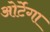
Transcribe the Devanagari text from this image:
ओर्टेगा